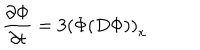
{ \frac { \partial \Phi } { \partial t } } = 3 \left( \Phi ( D \Phi ) \right) _ { x }